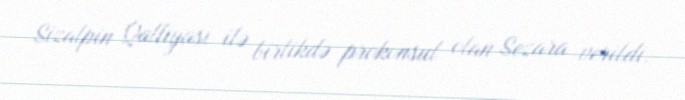
Sizalpin Qalliyası ilə birlikdə prokonsul olan Sezara verildi.